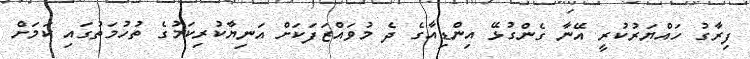
ފިރާގު ހައްޔަރުކުރީ އޭނާ ގެންގުޅޭ އިންޑިއާގެ ދެ މުވައްޒަފަކަށް އަނިޔާކުރިކަމުގެ ތުހުމަތުގައި ކަމަށް